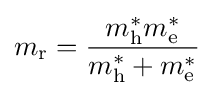
m_{\text{r}}={\frac {m_{\text{h}}^{*}m_{\text{e}}^{*}}{m_{\text{h}}^{*}+m_{\text{e}}^{*}}}